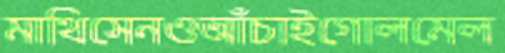
মাথিসেনওআঁচাইগোলমেল